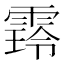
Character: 𮦜